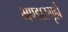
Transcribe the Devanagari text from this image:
भण्डारगृहों